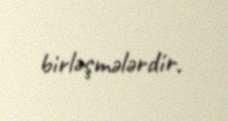
birləşmələrdir.